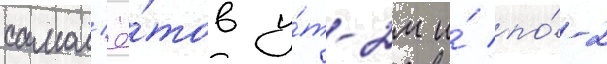
самол'ё́тов у́т-2м и́ по́-2